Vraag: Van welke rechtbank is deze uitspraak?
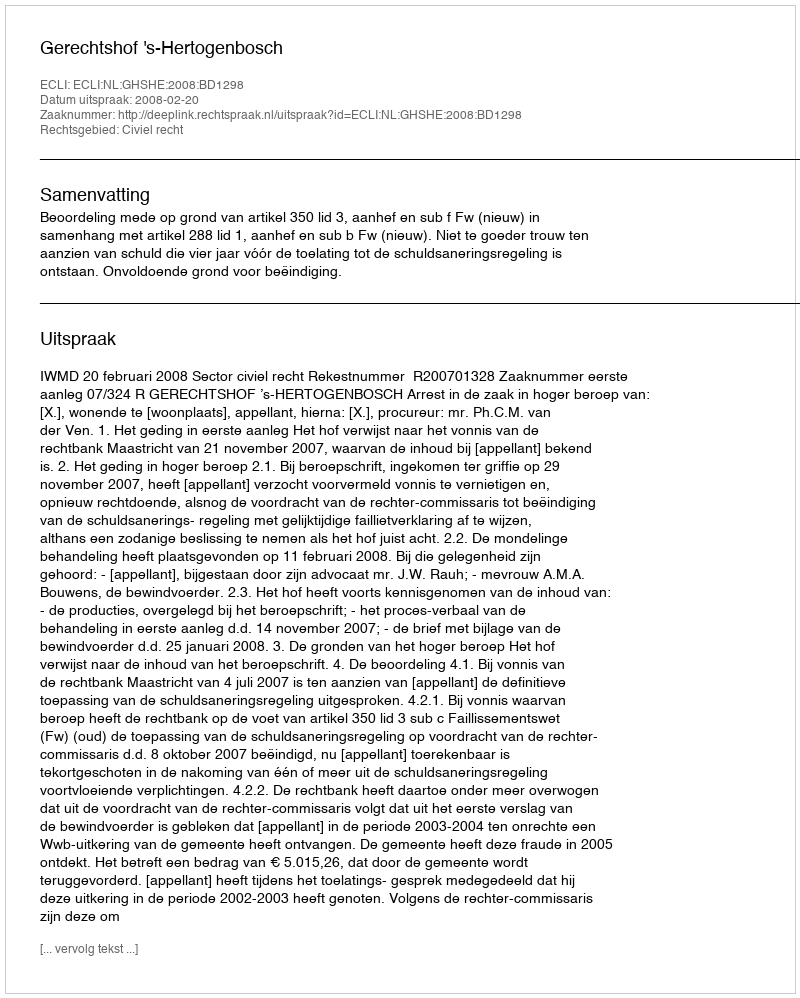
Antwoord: Gerechtshof 's-Hertogenbosch